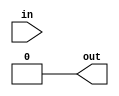
// Verilog HDL for "gates.lib", "jtl2" "_functional"

module jtl2(in, out);

input
	in;

output
	out;
reg 
	out;

parameter
	delay=6;

initial 
	begin
		out = 0;
	end

always @(posedge in) 	// Execute at positive edge of in
	begin
	  out <= #delay in;
	  out <= #(delay+2) 0;
	end

endmodule